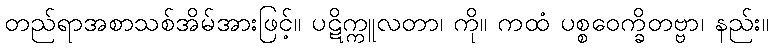
တည်ရာအစာသစ်အိမ်အားဖြင့်။ ပဋိက္ကူလတာ၊ ကို။ ကထံ ပစ္စဝေက္ခိတဗ္ဗာ၊ နည်း။